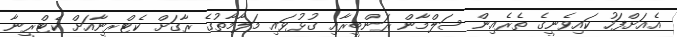
އެއަށްފަހު ކައިވެނީގެ ތެރެއިން ސަލްމާން ރަންބީރާއި ގުޅުވައި މަލާމާތުގެ ރާގަށް ކެޓްރީނާއަށް ކެޓްރީނާ